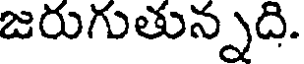
జరుగుతున్నది.